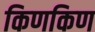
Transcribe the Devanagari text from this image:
किणकिण